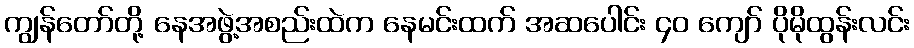
ကျွန်တော်တို့ နေအဖွဲ့အစည်းထဲက နေမင်းထက် အဆပေါင်း ၄၀ ကျော် ပိုမိုထွန်းလင်း